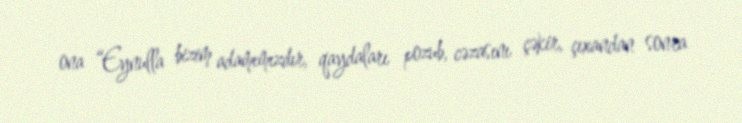
ona “Eynulla bizim adamımızdır, qaydaları pozub, cəzasını çəkir, çıxandan sonra